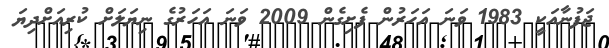
ޖަފުނާއަކީ 1983 ވަނަ އަހަރުން ފެށިގެން 2009 ވަނަ އަހަރުގެ ނިޔަލަށް ކުރިއަށްދިޔަ